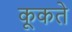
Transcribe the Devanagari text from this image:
कूकते